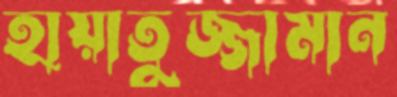
হায়াতুজ্জামান